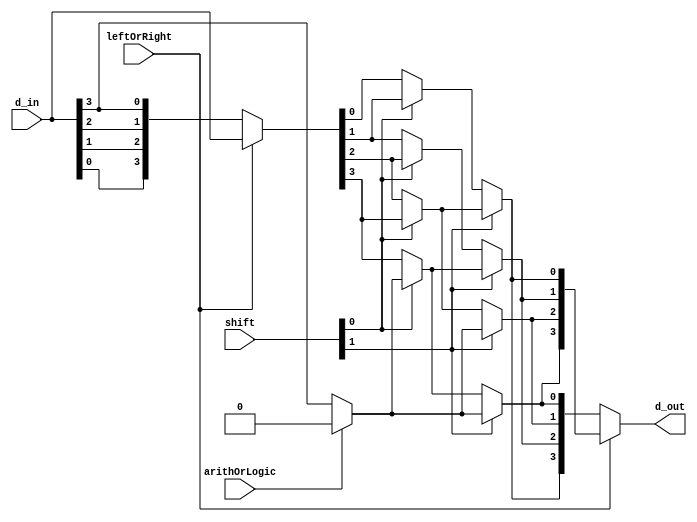
module shifter4#(parameter DATA_WIDTH=4, parameter SHIFT_WIDTH=2) (
        input [DATA_WIDTH-1:0] d_in,
        input [SHIFT_WIDTH-1:0] shift,
        input arithOrLogic, // SRA or SRL
        input leftOrRight, // shift left or right
        output [DATA_WIDTH-1:0] d_out);

    wire M10, M11, M12, M13;
    wire msbFill;  // is shift right arithmatic, fill the msb with d[DATA_WIDTH-1], otherwish fill msb with 0.
    wire [DATA_WIDTH-1: 0] shifter_d_in, shifter_d_out; // we only implement shift right in shift array, shift left is finishing by turning over the input and turning over the output of the shift array.

    assign msbFill=arithOrLogic?0:d_in[3];
    assign shifter_d_in=leftOrRight? d_in :{d_in[0],d_in[1],d_in[2],d_in[3]};


    // shift array logic begin
    assign M10=shift[0]?shifter_d_in[1]:shifter_d_in[0];
    assign M11=shift[0]?shifter_d_in[2]:shifter_d_in[1];
    assign M12=shift[0]?shifter_d_in[3]:shifter_d_in[2];
    assign M13=shift[0]?msbFill:shifter_d_in[3];


    assign shifter_d_out[0]=shift[1]?M12:M10;
    assign shifter_d_out[1]=shift[1]?M13:M11;
    assign shifter_d_out[2]=shift[1]?msbFill:M12;
    assign shifter_d_out[3]=shift[1]?msbFill:M13;
    // shift array logic end

    assign d_out=leftOrRight? shifter_d_out: {shifter_d_out[0],shifter_d_out[1],shifter_d_out[2],shifter_d_out[3]};

    /* always @(d_in) begin */
    /*     case(shift) */
    /*         2'b00: */
    /*             d_out<=0; */
    /*         default: */
    /*             d_out<=d_in; */
    /*     endcase */
    /* end */
endmodule